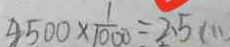
4 5 0 0 \times \frac { 1 } { 1 0 0 0 } = 2 . 5 ( m )